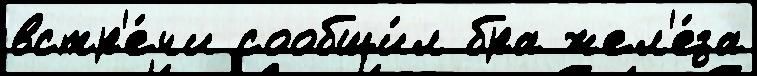
встр'е́чи сообщи́л бра жел'е́за